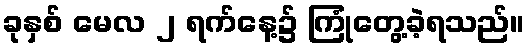
ခုနှစ် မေလ ၂ ရက်နေ့၌ ကြုံတွေ့ခဲ့ရသည်။